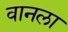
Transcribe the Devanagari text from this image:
वानला